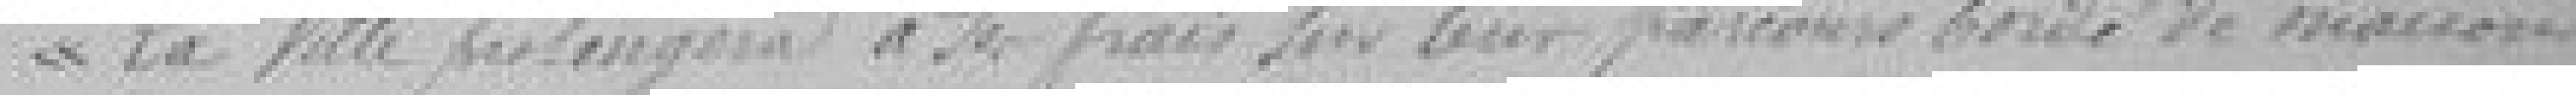
La ville prolongera à ses frais sur leur parcours bordé de maisons